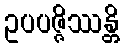
ဥပပဇ္ဇိဿန္တိ